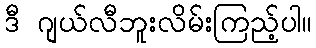
ဒီ ဂျယ်လီဘူးလိမ်းကြည့်ပါ။